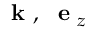
\mathrm { ~ \bf ~ k ~ } , \mathrm { ~ \bf ~ e ~ } _ { z }